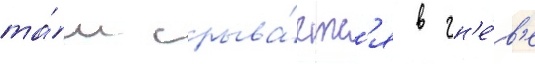
та́м срыва́етс'я в гн'е́в'е